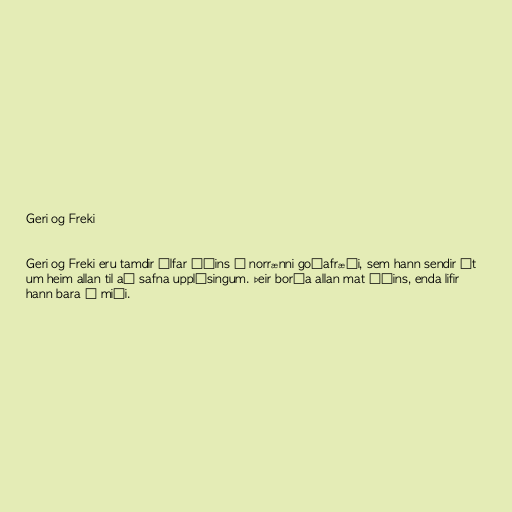
Geri og Freki

Geri og Freki eru tamdir úlfar Óðins í norrænni goðafræði, sem hann sendir út
um heim allan til að safna upplýsingum. Þeir borða allan mat Óðins, enda lifir
hann bara á miði.